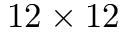
1 2 \times 1 2